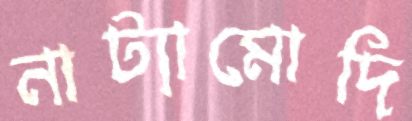
নাট্যামোদি